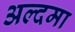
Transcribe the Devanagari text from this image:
अल्दमा